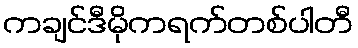
ကချင်ဒီမိုကရက်တစ်ပါတီ